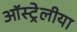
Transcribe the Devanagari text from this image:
ऑस्ट्रेलीया